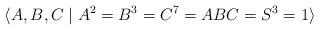
LaTeX: \begin{align*}\langle A,B,C\mid A^2=B^3=C^7=ABC=S^3=1\rangle\end{align*}